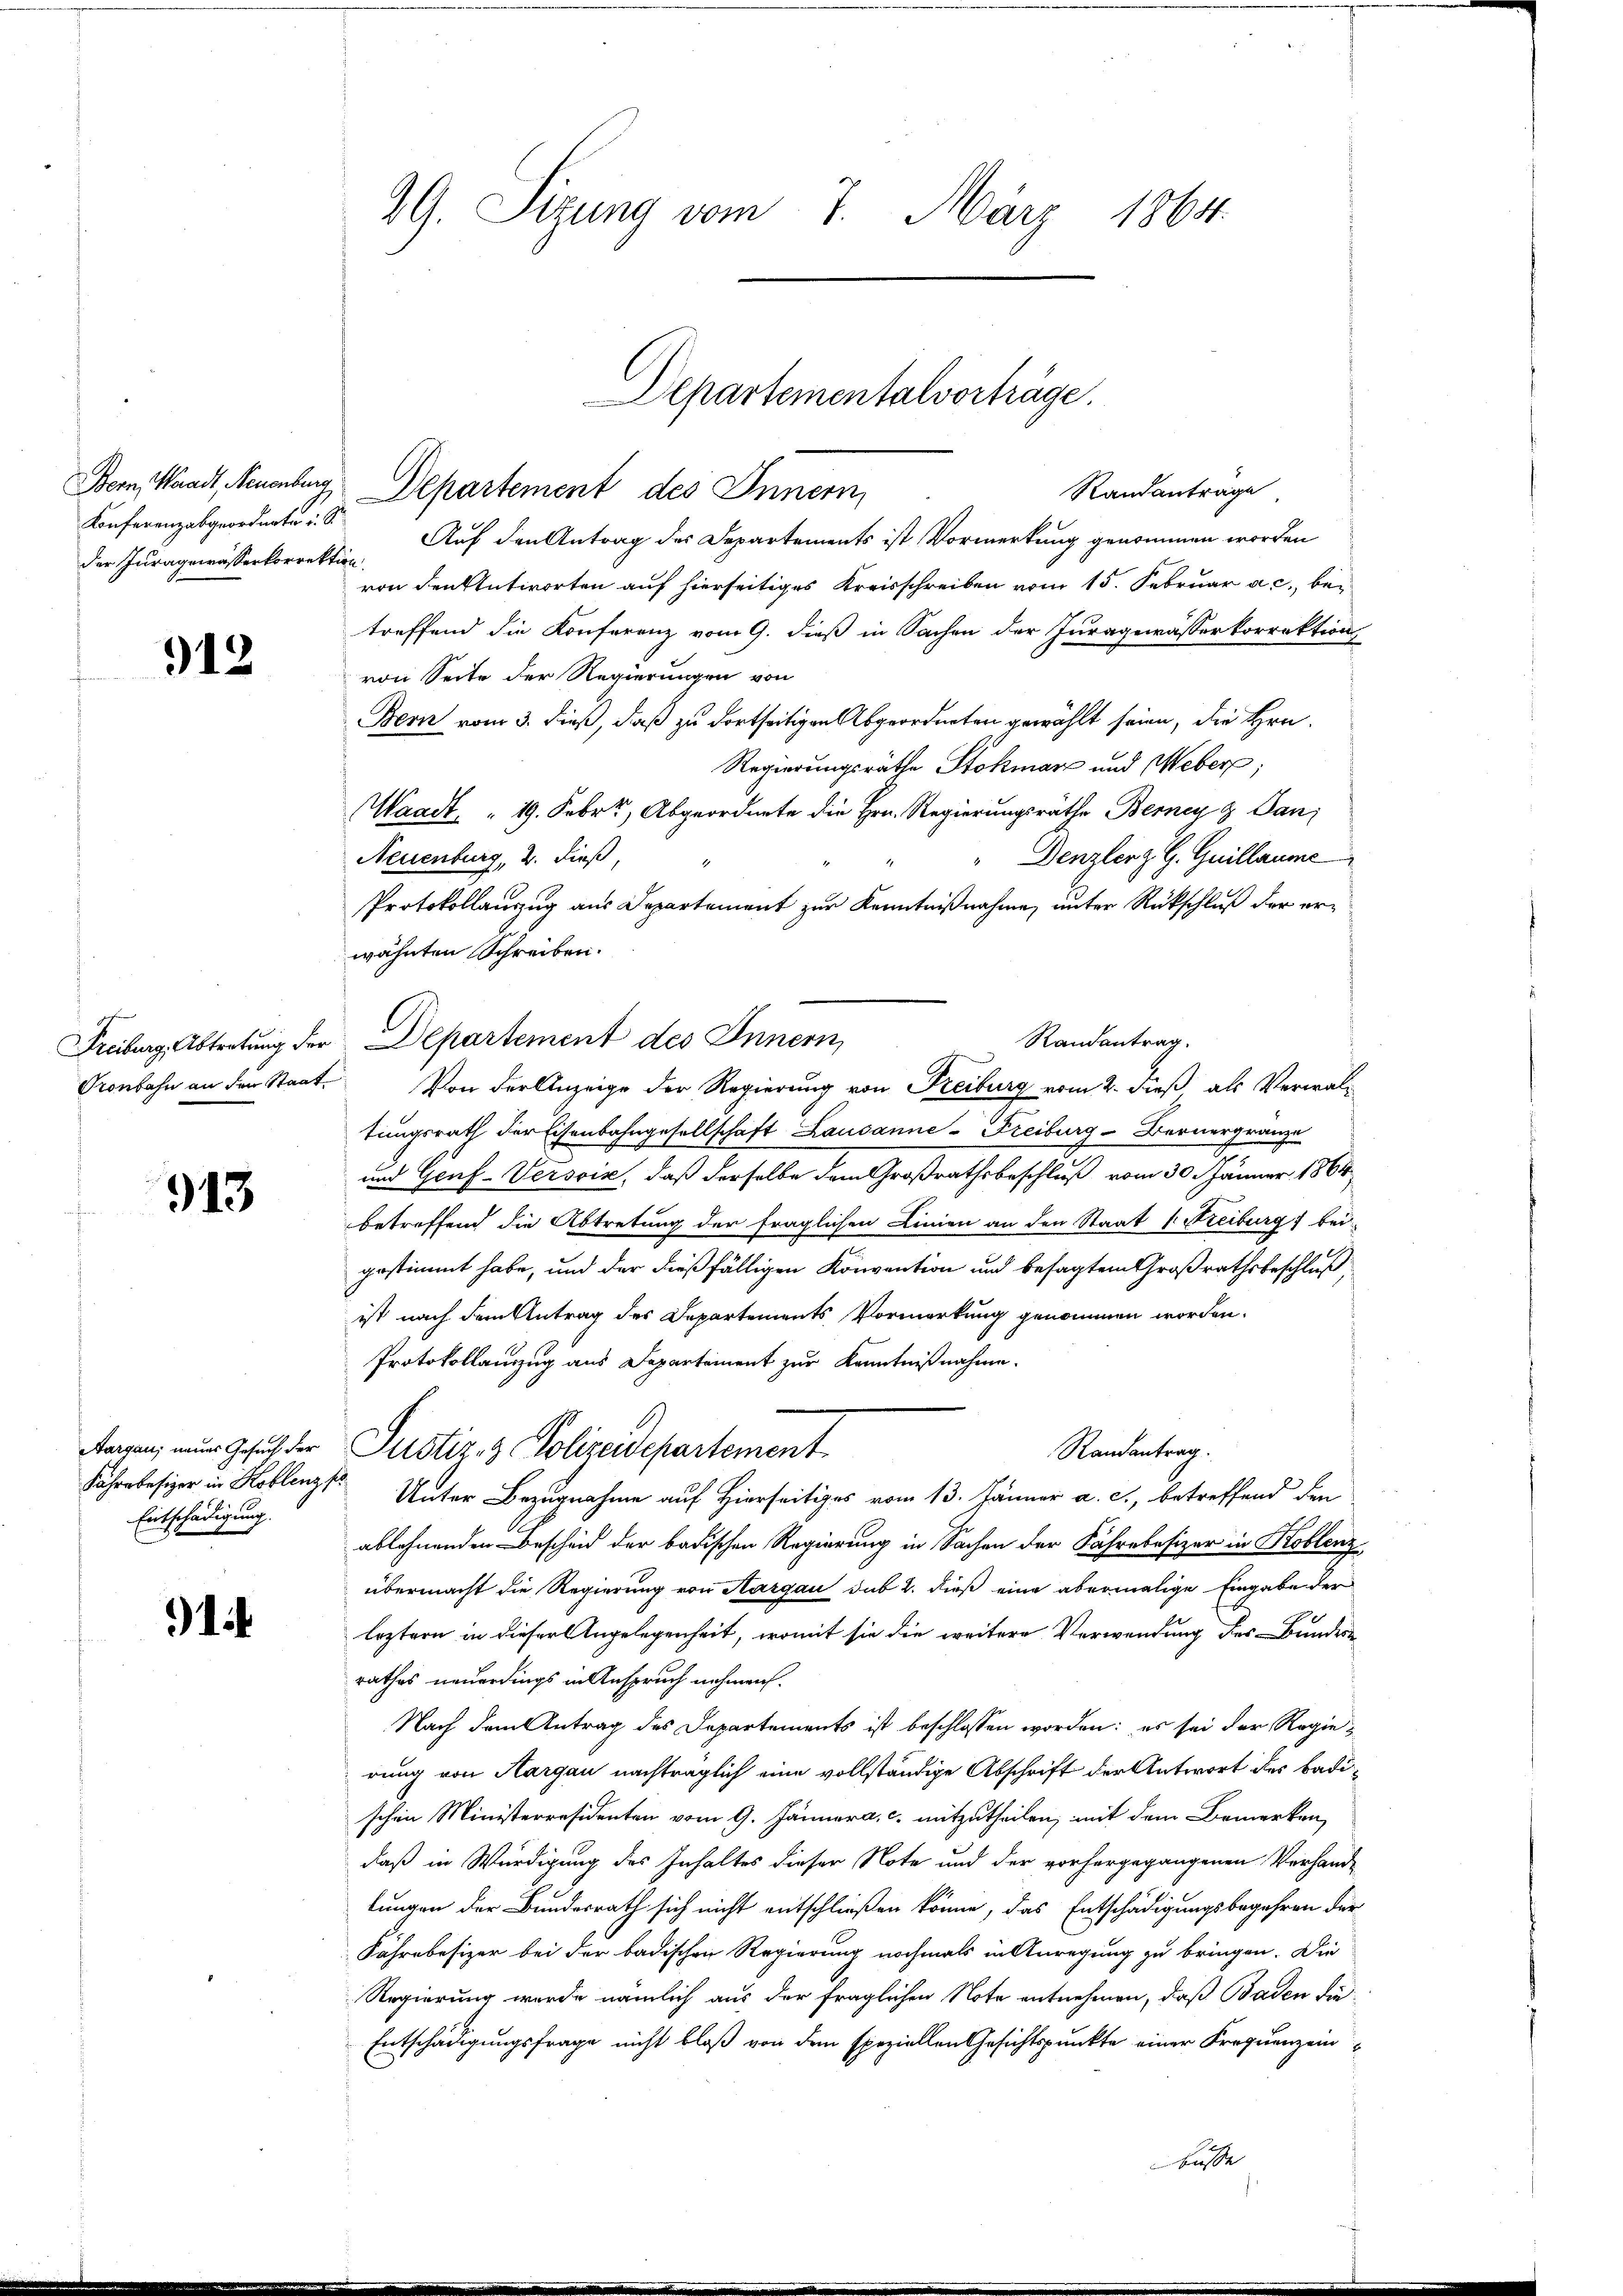
Konferenzabgeordnete u. S.
der Juragewässerkorrektion

912

Bern, Waadt, Neuenburg Departement des Innern,
Randanträge
Auf den Antrag des Departements ist Vormerkung genommen worden
von den Antworten auf hierseitiges Kreisschreiben vom 15. Februar a. c., bei
treffend die Konferenz vom 9. dieß in Sachen der Juragewässerkorrektion
von Seite der Regierungen von
Bern vom 3. dieß, daß zu dortseitigen Abgeordneten gewählt seien, die Hrn.
Regierungsräthe Stokmar und Weber,
Waadt, 19. Febr., Abgeordnete die Hrn. Regierungsräthe Berney & Sani
Neuenburg, 2. dieß,
Denzler G. Quillaume
.
Protokollanzug aus Departement zur Kenntnißnahme, unter Rückschluß der erwähnten Schreiben.
Randantrag.
e
Pronbahn an den Staat. Von der Anzeige der Regierung von Freiburg vom 2. dieß, als Verwaltungsrath der Eisenbahngesellschaft Lausanne-Freiburg - Bernergränze
und Genf-Versoix, daß derselbe dem Großrathsbeschluß vom 30. Jänner 1864
betreffend die Abtretung der fraglichen Linien an den Staat v. Freiburg bei
gestimmt habe, und der dießfälligen Konvention und besagtem Großrathsbeschluß
ist nach dem Antrag des Departements Vormerkung genommen worden.
Protokollauszug aus Departement zur Kenntnißnahme.
Rangen, nur Gesuch der Justiz & Polizeidepartement
Randantrag.
Fährenbesizer in Koblenz Unter Bezugnahme auf Hierseitiges vom 13. Jänner a. c., betreffend den
ablehnenden Bescheid der badischen Regierung in Sachen der Fahre besizer in Koblenz
übermacht die Regierung von Aargau sub 2. dieß eine abermalige Eingabe der
E
leztern in dieser Angelegenheit, womit sie die weitere Verwendung des Bundes
rathes neuerdings in Anspruch nehmen.
Nach dem Antrag des Departements ist beschlossen worden: es sei der Regierung von Aargau nachträglich eine vollständige Abschrift der Antwort des Badischen Ministerresidenten vom 9. Jännera, c. mitzutheilen, mit dem Bemerken,
daß in Würdigung des Inhaltes dieser Note und der vorhergegangenen Verhand-
lungen der Bundesrath sich nicht entschließen könne, das Entschädigungsbegehren dür
Fährebesizer bei der badischen Regierung nochmals in Anregung zu bringen. Die
Regierung wurde nämlich aus der fraglichen Note entnehmen, daß Baden die¬
Entschädigungsfrage nicht bloß von dem speziellen Gesichtspunkte einer Frequenz einbusse

913.

Entschädigung.
.

14

29. Sizung vom 7. März 1864.

Freiburg, Abtretung der Departement des Innern,

Departementalverträge.